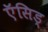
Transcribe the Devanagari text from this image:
ऍसिड्